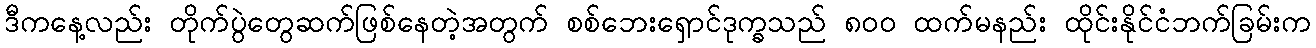
ဒီကနေ့လည်း တိုက်ပွဲတွေဆက်ဖြစ်နေတဲ့အတွက် စစ်ဘေးရှောင်ဒုက္ခသည် ၈၀၀ ထက်မနည်း ထိုင်းနိုင်ငံဘက်ခြမ်းက